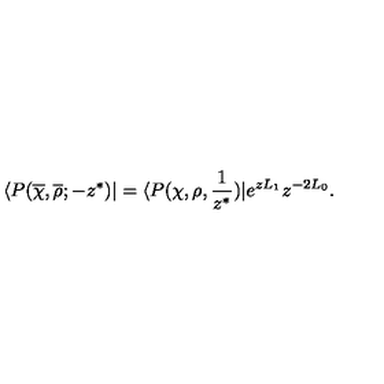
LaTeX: \langle P ( \overline { \chi } , \overline { \rho } ; - z ^ { \ast } ) | = \langle P ( \chi , \rho , { \frac { 1 } { z ^ { \ast } } } ) | e ^ { z L _ { 1 } } z ^ { - 2 L _ { 0 } } .